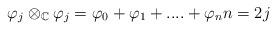
LaTeX: \begin{align*}\varphi_{j}\otimes_{\mathbb{C}}\varphi_{j}=\varphi_{0}+\varphi_{1}+....+\varphi_{n}n=2j \end{align*}